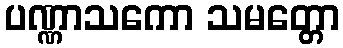
ပဏ္ဏာသကော သမတ္တော